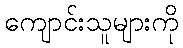
ကျောင်းသူများကို